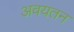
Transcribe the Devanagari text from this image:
अवयतन